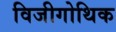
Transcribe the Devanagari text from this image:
विजीगोथिक